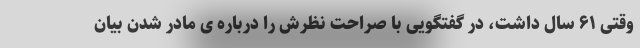
وقتی ۶۱ سال داشت، در گفتگویی با صراحت نظرش را درباره ی مادر شدن بیان